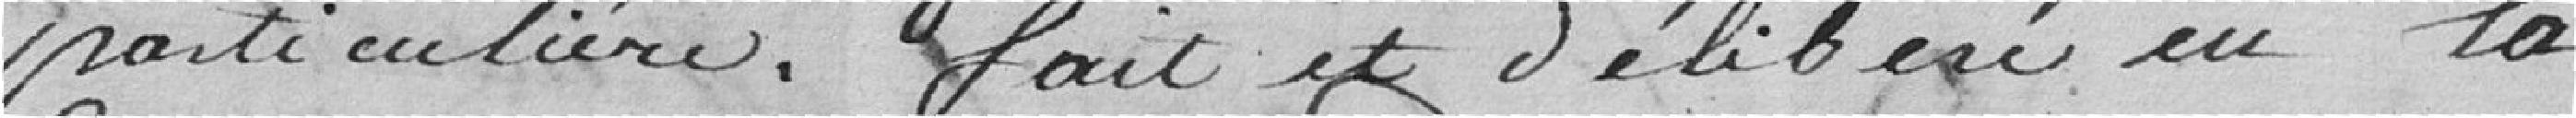
particulière. Fait et délibéré en la